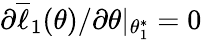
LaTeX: \partial\overline{{\ell}}_{1}(\theta)/\partial\theta|_{\theta_{1}^{*}}=0